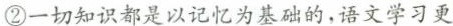
②一切知识都是以记忆为基础的，语文学习更